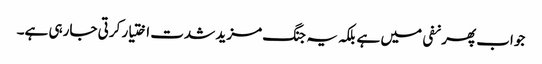
جواب پھر نفی میں ہے بلکہ یہ جنگ مزید شدت اختیار کرتی جارہی ہے۔